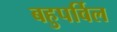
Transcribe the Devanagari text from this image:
बहुपर्विल